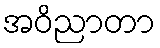
အဝိညာတာ